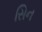
સિન